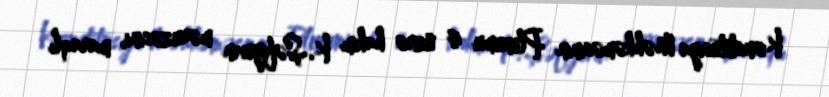
Konstitusiya Məhkəməsinin Plenumu iş üzrə hakim K.Şəfiyevin məruzəsini, maraqlı